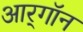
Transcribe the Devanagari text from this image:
आर्‌गॉन